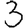
Digit: 3